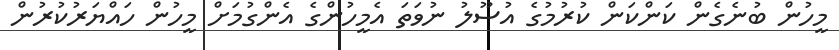
މީހުން ބުނެގެން ކަންކަން ކުރުމުގެ އުސޫލު ނުވަތަ އެމީހުންގެ އެންގުމަށް މީހުން ހައްޔަރުކުރުން